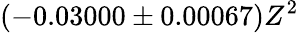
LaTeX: (-0.03000\pm 0.00067)Z^{2}